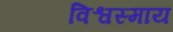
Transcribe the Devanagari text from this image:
विश्वस्माय